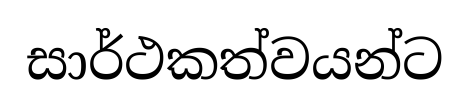
සාර්ථකත්වයන්ට